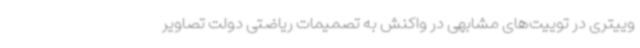
وییتری در توییت‌های مشابهی در واکنش به تصمیمات ریاضتی دولت تصاویر